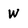
Character: W